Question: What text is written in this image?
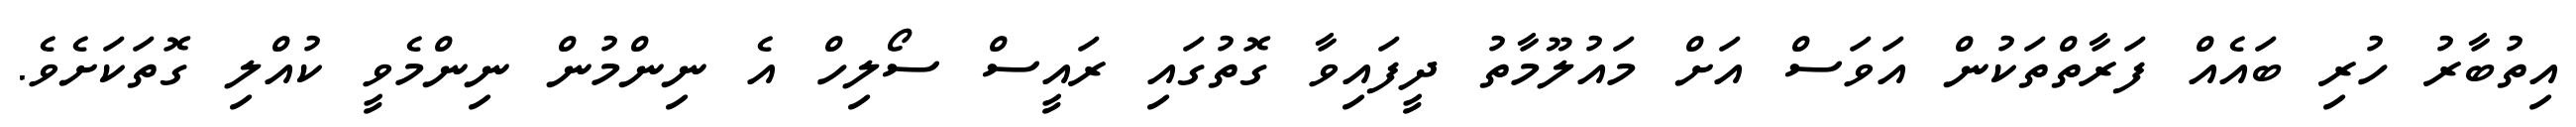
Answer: އިތުބާރު ހުރި ބައެއް ފަރާތްތަކުން އަވަސް އަށް މައުލޫމާތު ދީފައިވާ ގޮތުގައި ރައީސް ސޯލިހް އެ ނިންމުން ނިންމެވީ ކުއްލި ގޮތަކަށެވެ.